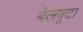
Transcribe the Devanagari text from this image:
बेलबूटा